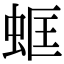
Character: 䖱